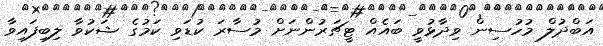
އަބްދުލް މުހުސިން ވިދާޅުވީ ބައެއް ޓީޗަރުންނަށް މުސާރަ ކުޑަވި ކަމުގެ ޝަކުވާ ލިބިފައިވާ